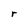
Character: r